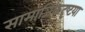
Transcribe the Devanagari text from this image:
सामाजिकदृष्‍टया